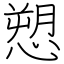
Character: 愬